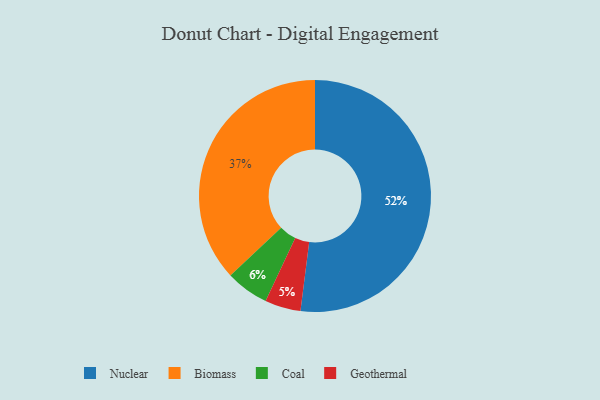
{"axis": {"x": "Category", "y": "Percentage"}, "legend": ["Biomass", "Coal", "Geothermal", "Nuclear"], "data": [{"x": "Nuclear", "y": 52, "type": "Nuclear"}, {"x": "Coal", "y": 6, "type": "Coal"}, {"x": "Biomass", "y": 37, "type": "Biomass"}, {"x": "Geothermal", "y": 5, "type": "Geothermal"}]}